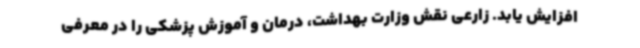
افزایش یابد. زارعی نقش وزارت بهداشت، درمان و آموزش پزشکی را در معرفی